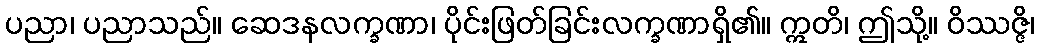
ပညာ၊ ပညာသည်။ ဆေဒနလက္ခဏာ၊ ပိုင်းဖြတ်ခြင်းလက္ခဏာရှိ၏။ ဣတိ၊ ဤသို့။ ဝိဿဇ္ဇိ၊